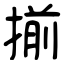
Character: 揃